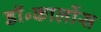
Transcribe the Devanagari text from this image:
डॉ॰कार्लोस